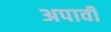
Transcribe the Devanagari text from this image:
अपावी